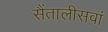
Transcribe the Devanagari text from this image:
सैंतालीसवां